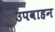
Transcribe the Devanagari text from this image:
उपवाहन